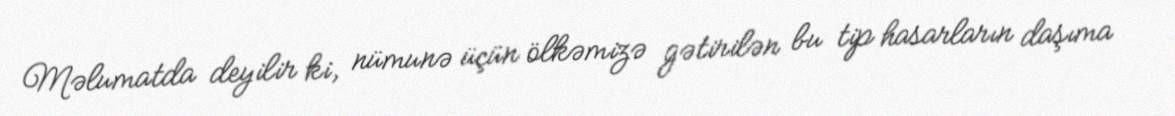
Məlumatda deyilir ki, nümunə üçün ölkəmizə gətirilən bu tip hasarların daşıma